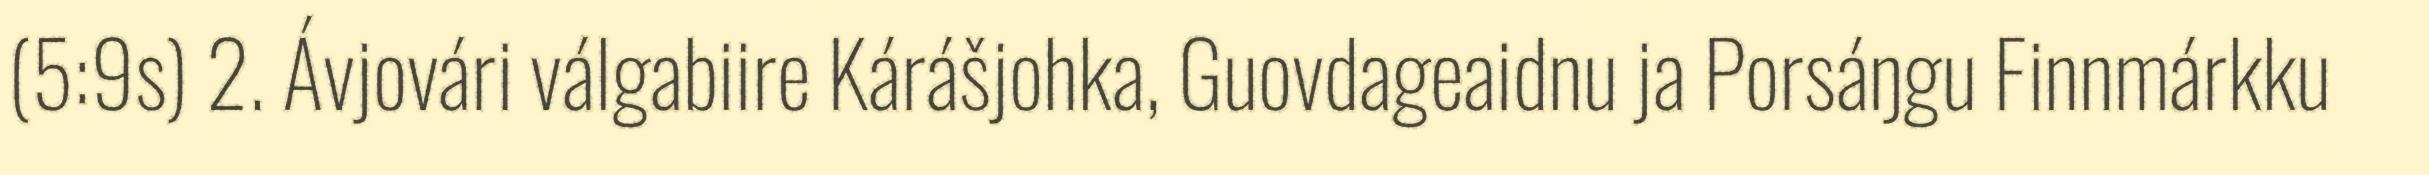
(5:9s) 2. Ávjovári válgabiire Kárášjohka, Guovdageaidnu ja Porsáŋgu Finnmárkku